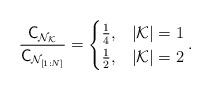
LaTeX: \begin{align*} \frac{\mathsf{C}_{\mathcal{N}_{\mathcal{K}}} }{{\mathsf{C}}_{\mathcal{N}_{[1:N]}}} =\begin{cases}\frac{1}{4}, & |\mathcal{K}|=1 \\\frac{1}{2} , & |\mathcal{K}|=2 \\\end{cases}.\end{align*}